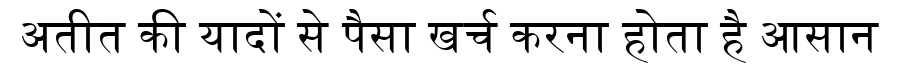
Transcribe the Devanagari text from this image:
अतीत की यादों से पैसा खर्च करना होता है आसान